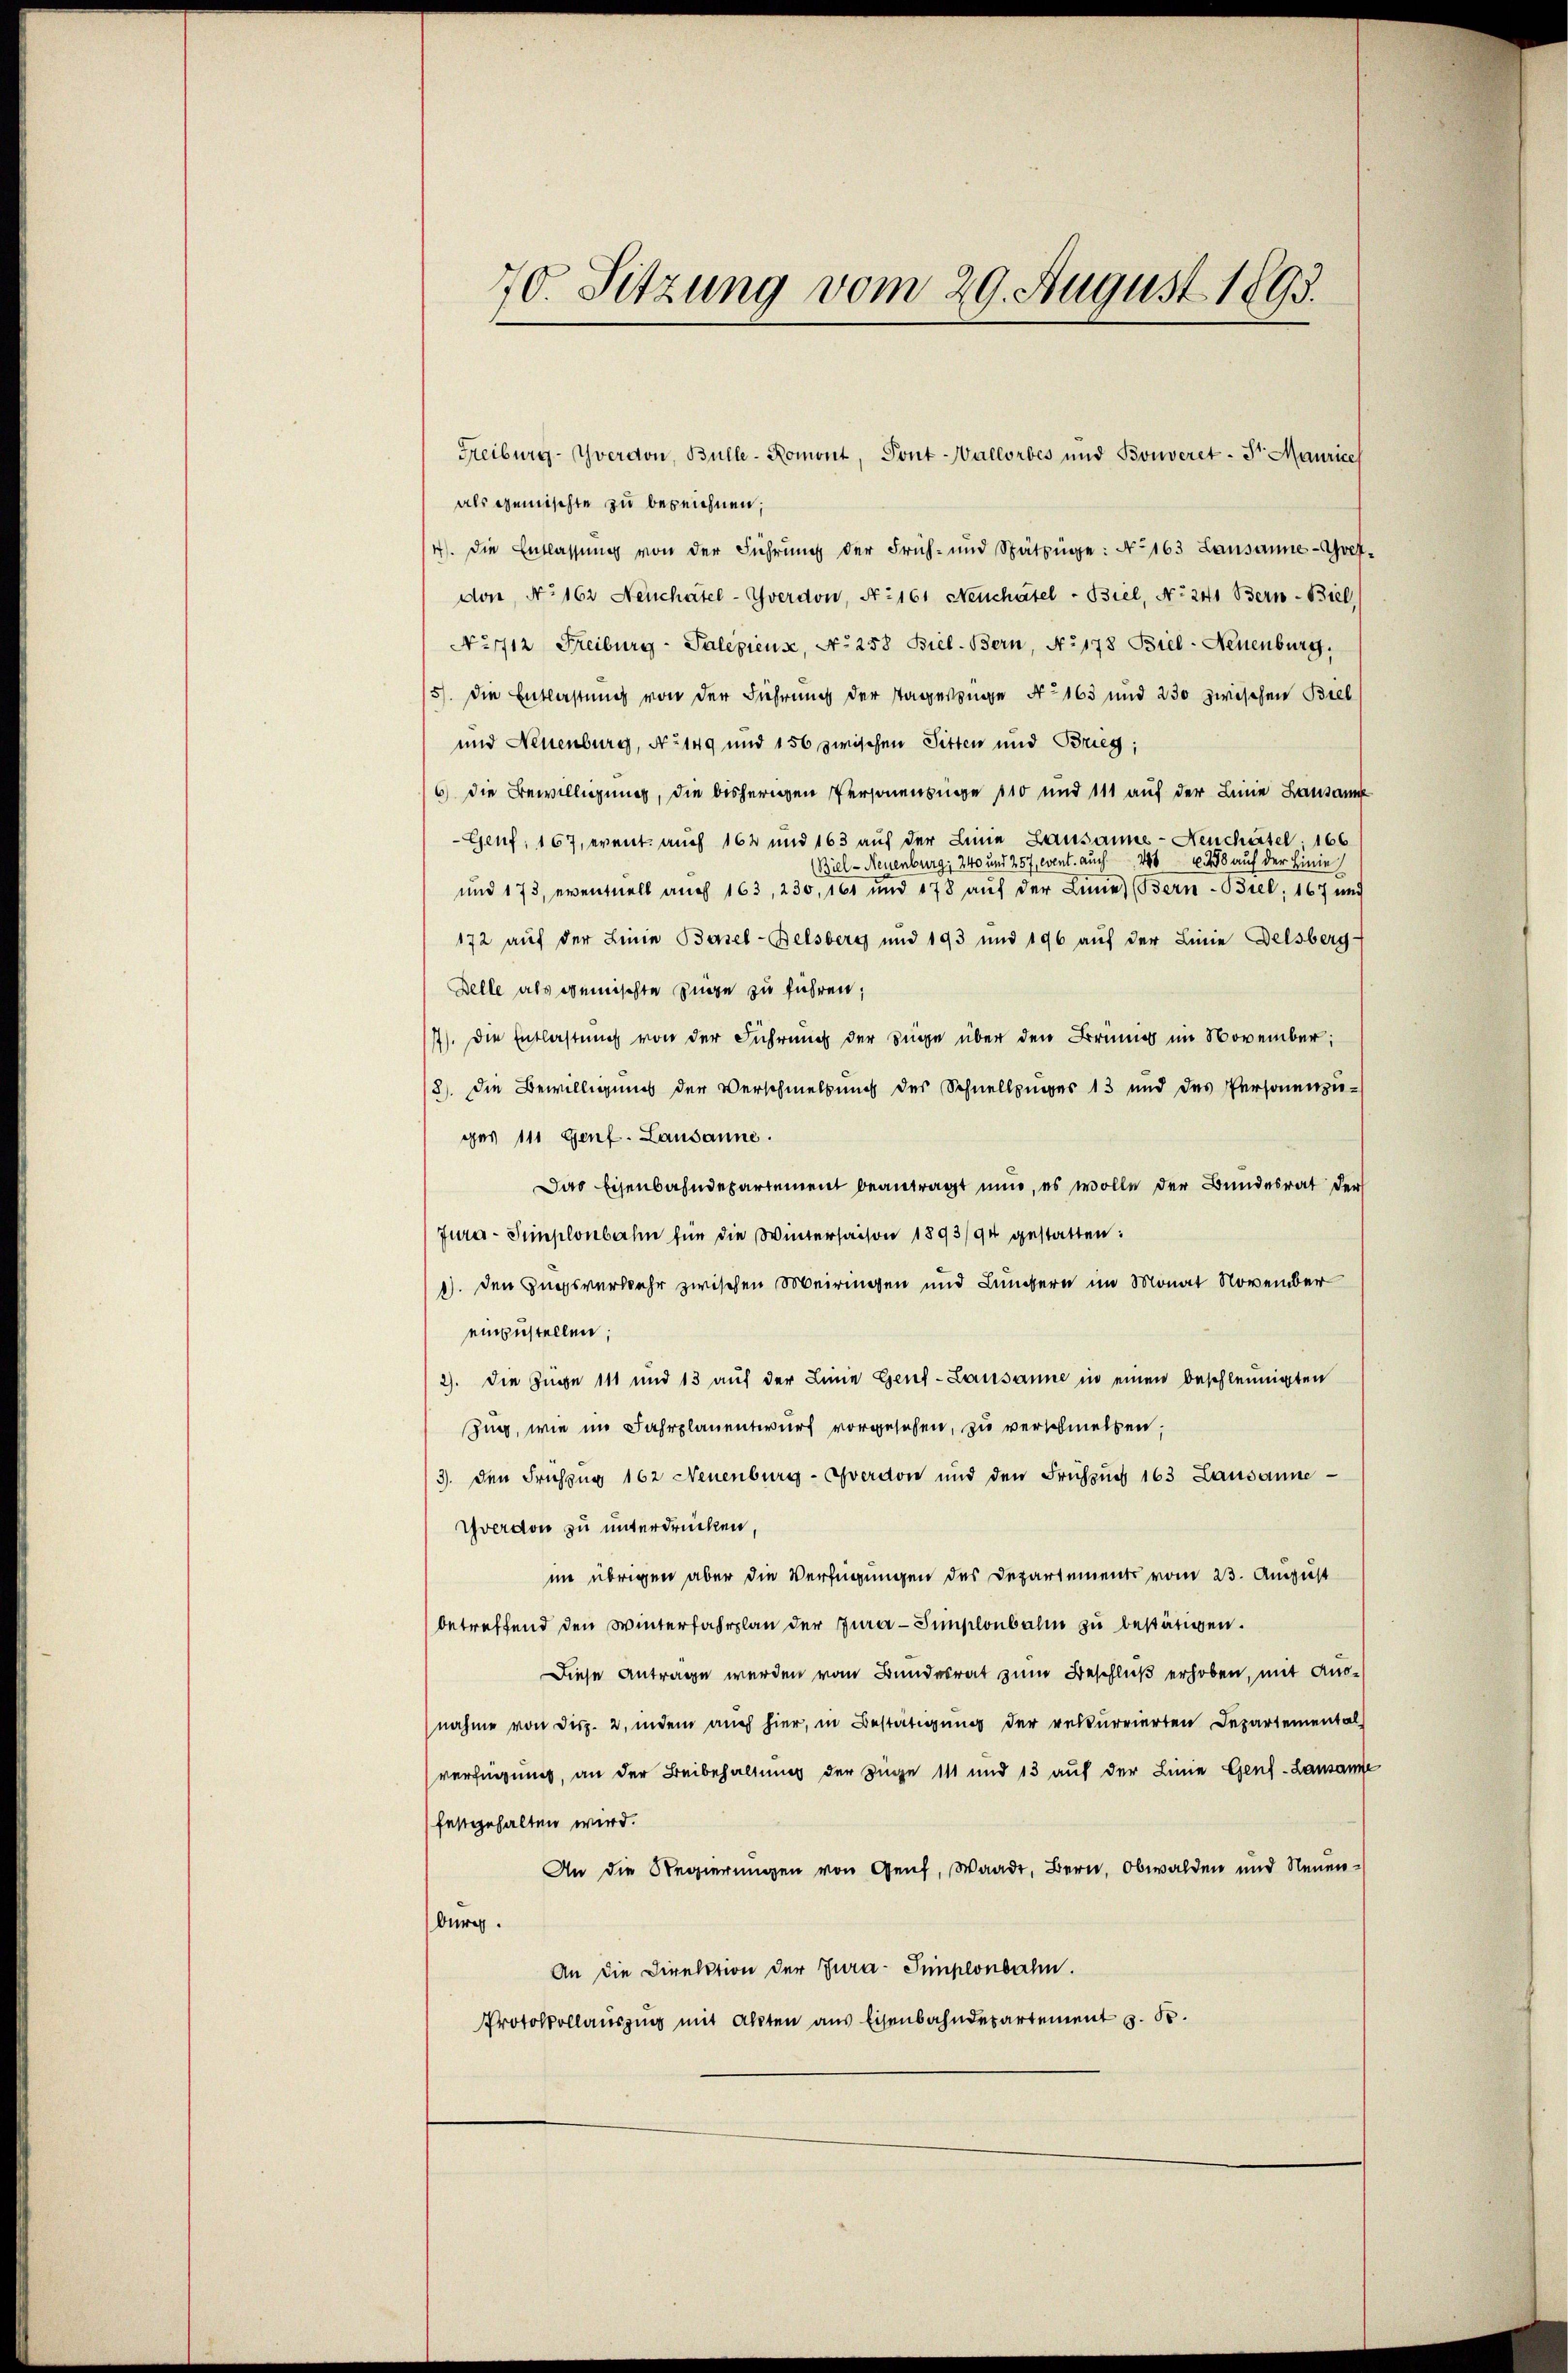
70. Sitzung vom 29. August 1893.

als gemischte zu bezeichnen;
4). Die Entlassŭng von der Führŭng der Früh- und Spätzüge: No 163 Lausanne-Goet-
don, No 162 Neuchatel-Yverdon, No 161 Neuchâtel - Biel, No 241 Bern - Biel
No 712. Freiburg - Palepieuse, No 258 Biel. Bern, No 178 Biel-Neuenburg,
5). Die Entlastung von der Führung der Tageszüge No 163 und 230 zwischen Biel
und Neuenburg, No 149 und 156 zwischen Sitten und Brieg,
6) die Bewilligung, die bisherigen Personensinge 110 und 111 auf der Leine Lausann
Genf, 167, event. auch 164 und 163 auf der Linie Lausanne - Neuchâtel. 166
(Biel - Neuenburg, 240 und 257, event. auch 24 258 auf der Linie
und 173, eventuell auch 163, 230, 161 und 178 aŭf der Linie (Bern-Biel, 167 und
172 auf der Linie Basel-Belsberg und 193 und 196 auf der Linie Delsberg-
Zelle als gemischte Juge zu führen;
7). Die Entlastung von der Führung der Züge über den Brunng im November;
8). Die Bewilligung der Verschmeldung des Schnellzuges 13 und des Personenzu-
ges 111 Genf. Lausanne.
Das Eisenbahndepartement beantragt nun, es wolle der Bundesrat der
Jura - Simplonbahn für die Wintersaison 1893/94 gestatten:
1). Den Zugsverkehr zwischen Meiringen und Lungern im Monat November
einzustellen;
2). Die Züge 111 und 13 auf der Linie Genf-Lausanne in einen beschleunigten
Zug, wie im Fahrplanentwurf vorgesehen, zu verschmellen,
/3. den Frühzug 162 Neuenburg-Sverdon und den Frühzŭg 163 Lausanne
Yverdon zu unterdrücken
im übrigen aber die Verfügungen des Departements vom 23. August
betreffend den Winterfahrplan der Jura - Simplonbahn zu bestätigen.
Diese Antrage werden vom Bundesrat zum Beschluß erhoben, mit Ausnahme von Disp. 2, indem auch hier, in Bestätigung der rekurrierten Departemental-
verfügung, an der Beibehaltung der Züge 111 und 13 auf der Linie Genf-Lausanne
festgehalten wird.
An die Regierŭngen von Genf, Waadt, Bern, Obwalden und Neuenburg.
An die Direktion der Jura-Simplonbahn.
Protokollauszug mit Akten aus Eisenbahndepartement z. B.

Freiburg-Yverdon, Bulle-Romont, Pont-Wallorbes und Bonveret - Fr. Maurice